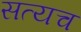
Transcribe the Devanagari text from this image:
सत्यच